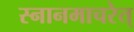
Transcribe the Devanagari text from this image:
स्नानमाचरेत्